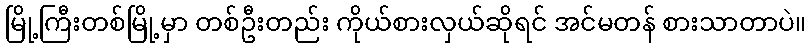
မြို့ကြီးတစ်မြို့မှာ တစ်ဦးတည်း ကိုယ်စားလှယ်ဆိုရင် အင်မတန် စားသာတာပဲ။